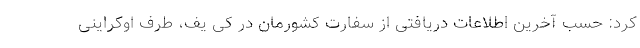
کرد: حسب آخرین اطلاعات دریافتی از سفارت کشورمان در کی یف، طرف اوکراینی